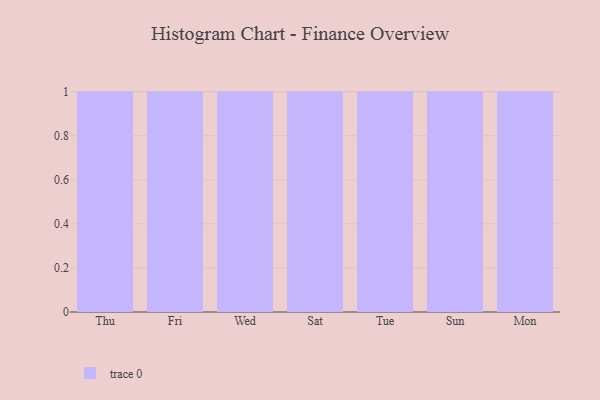
{"axis": {"x": "Day", "y": "Market Share (%)"}, "legend": [""], "data": [{"x": "Thu", "y": 20, "type": ""}, {"x": "Fri", "y": 64, "type": ""}, {"x": "Wed", "y": 92, "type": ""}, {"x": "Sat", "y": 91, "type": ""}, {"x": "Tue", "y": 44, "type": ""}, {"x": "Sun", "y": 39, "type": ""}, {"x": "Mon", "y": 92, "type": ""}]}